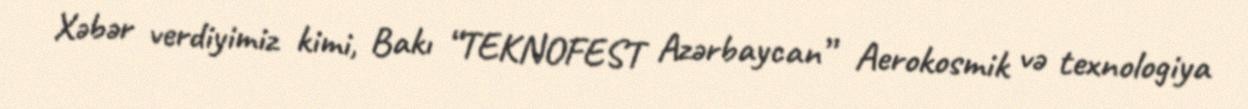
Xəbər verdiyimiz kimi, Bakı “TEKNOFEST Azərbaycan” Aerokosmik və texnologiya